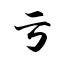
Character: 亏